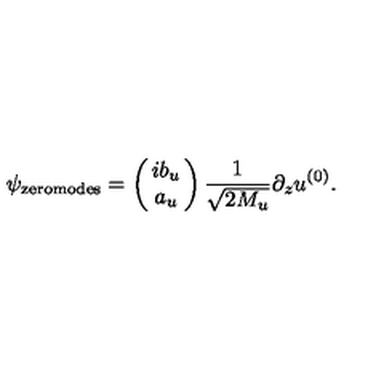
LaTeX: \psi _ { \mathrm { z e r o m o d e s } } = \left( \! \! \begin{array} { c } { i b _ { u } } \\ { a _ { u } } \\ \end{array} \! \! \right) \frac { 1 } { \sqrt { 2 M _ { u } } } \partial _ { z } u ^ { ( 0 ) } .